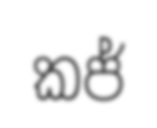
කජ්